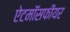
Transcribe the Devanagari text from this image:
ऐटमॉसफीयर